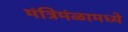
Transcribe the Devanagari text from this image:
मंत्रिमंळामध्ये